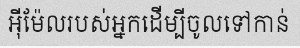
អ៊ីម៉ែលរបស់អ្នកដើម្បីចូលទៅកាន់